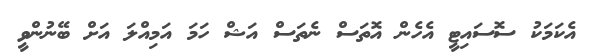
އެކަމަކު ސޮސައިޓީ އެހެން އޮތަސް ނެތަސް އަޝް ހަމަ އަމިއްލަ އަށް ބޭނުންވީ